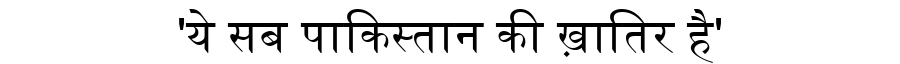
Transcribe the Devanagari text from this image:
'ये सब पाकिस्तान की ख़ातिर है'